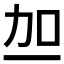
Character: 𫦥